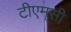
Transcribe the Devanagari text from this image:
टीएम्‌सी